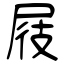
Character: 屐